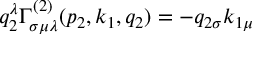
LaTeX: q _ { 2 } ^ { \lambda } \Gamma _ { \sigma \mu \lambda } ^ { ( 2 ) } ( p _ { 2 } , k _ { 1 } , q _ { 2 } ) = - q _ { 2 \sigma } k _ { 1 \mu }